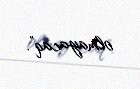
olmayacaq”.